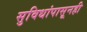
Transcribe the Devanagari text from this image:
सुविधांपासूनही